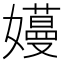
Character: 𫲏